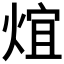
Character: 𤊃